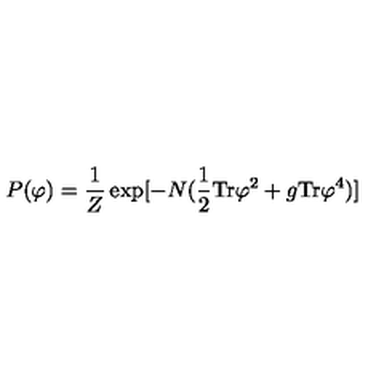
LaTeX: P ( \varphi ) = { \frac { 1 } { Z } } \exp [ - N ( { \frac { 1 } { 2 } } \mathrm { T r } \varphi ^ { 2 } + { g } \mathrm { T r } \varphi ^ { 4 } ) ]